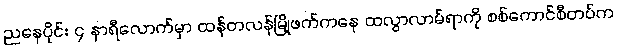
ညနေပိုင်း ၄ နာရီလောက်မှာ ထန်တလန်မြို့ဖက်ကနေ ထလွာလာမ်ရာကို စစ်ကောင်စီတပ်က